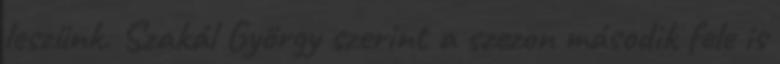
leszünk. Szakál György szerint a szezon második fele is